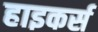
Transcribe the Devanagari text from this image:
हाइकर्स